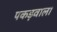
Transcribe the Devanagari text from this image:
पकड़वाला